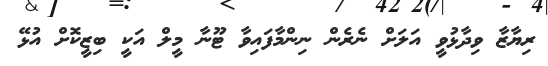
ރިޔާޒާ ވިދާޅުވީ އަލަށް ނެރެން ނިންމާފައިވާ ޓޫނާ މީލް އަކީ ބިޒީކޮށް އުޅޭ